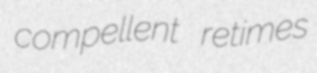
compellent retimes